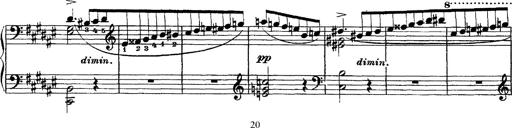
Title: Piano Sonata
Composer: Karl HÃ¤ssler
Key: C major